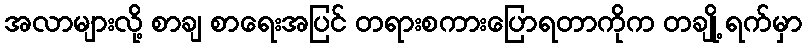
အလာများလို့ စာချ စာရေးအပြင် တရားစကားပြောရတာကိုက တချို့ ရက်မှာ